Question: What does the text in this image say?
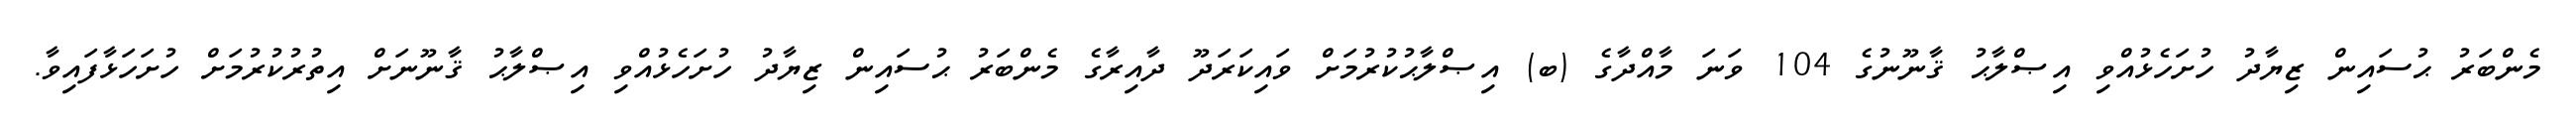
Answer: މެންބަރު ޙުސައިން ޒިޔާދު ހުށަހެޅުއްވި އިޞްލާޙު ޤާނޫނުގެ 104 ވަނަ މާއްދާގެ (ބ) އިޞްލާޙުކުރުމަށް ވައިކަރަދޫ ދާއިރާގެ މެންބަރު ޙުސައިން ޒިޔާދު ހުށަހެޅުއްވި އިޞްލާޙު ޤާނޫނަށް އިތުރުކުރުމަށް ހުށަހަޅާފައިވާ.